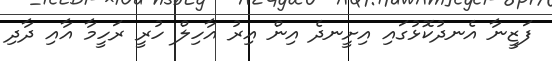
ފަޒީނާ އެނދުކޮޅުގައި އިށީނދެ އިން އިރު އާހިލް ހުރީ ރަހީމާ އާއި ދާދި